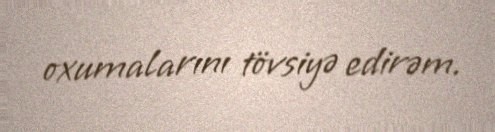
oxumalarını tövsiyə edirəm.